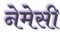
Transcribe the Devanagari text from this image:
नेमेसी